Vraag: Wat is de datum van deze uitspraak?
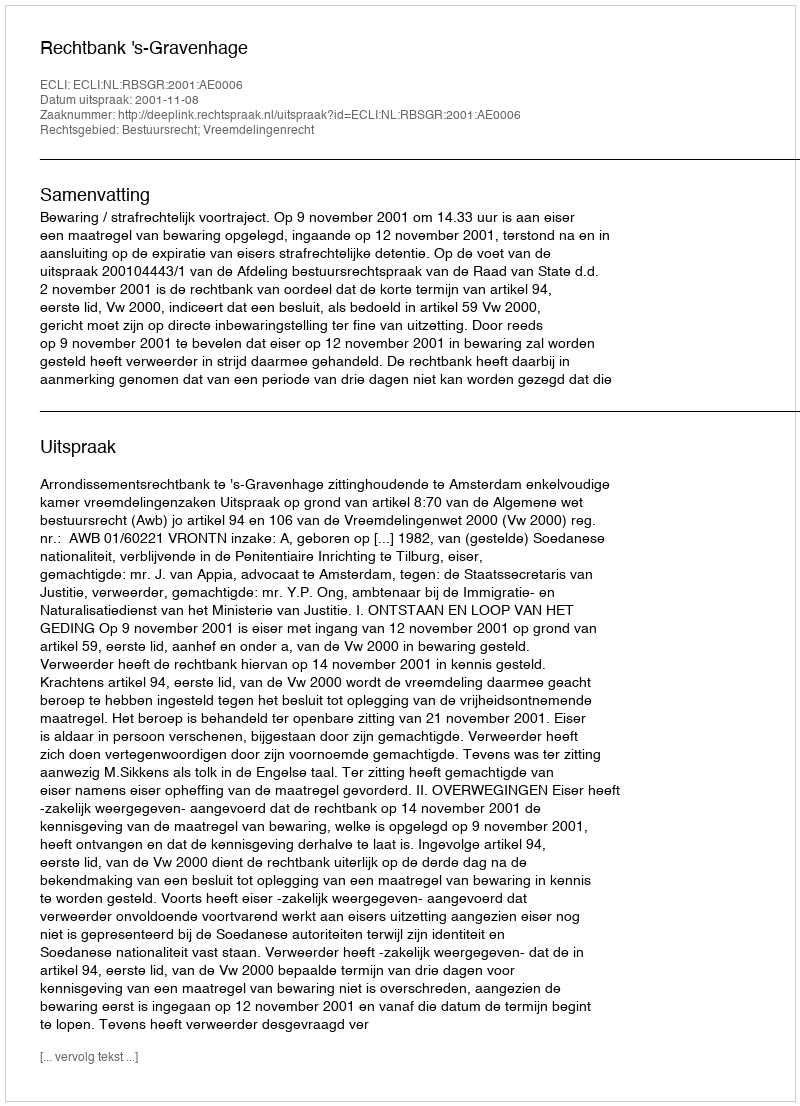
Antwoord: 2001-11-08